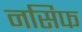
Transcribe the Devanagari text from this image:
नसिफ